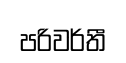
පරිවර්තී